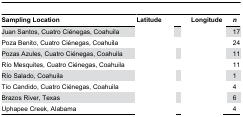
<table><thead><tr><td><b>Sampling Location</b></td><td colspan="2"><b>Latitude</b></td><td><b>Longitude</b></td><td><b><i>n</i></b></td></tr></thead><tbody><tr><td>Juan Santos, Cuatro Ciénegas, Coahuila</td><td>[EMPTY_CELL]</td><td colspan="2">[EMPTY_CELL]</td><td>17</td></tr><tr><td>Poza Benito, Cuatro Ciénegas, Coahuila</td><td>[EMPTY_CELL]</td><td colspan="2">[EMPTY_CELL]</td><td>24</td></tr><tr><td>Pozas Azules, Cuatro Ciénegas, Coahuila</td><td>[EMPTY_CELL]</td><td colspan="2">[EMPTY_CELL]</td><td>11</td></tr><tr><td>Río Mesquites, Cuatro Ciénegas, Coahuila</td><td>[EMPTY_CELL]</td><td colspan="2">[EMPTY_CELL]</td><td>11</td></tr><tr><td>Río Salado, Coahuila</td><td>[EMPTY_CELL]</td><td colspan="2">[EMPTY_CELL]</td><td>1</td></tr><tr><td>Tío Candido, Cuatro Ciénegas, Coahuila</td><td>[EMPTY_CELL]</td><td colspan="2">[EMPTY_CELL]</td><td>4</td></tr><tr><td>Brazos River, Texas</td><td>[EMPTY_CELL]</td><td colspan="2">[EMPTY_CELL]</td><td>6</td></tr><tr><td>Uphapee Creek, Alabama</td><td>[EMPTY_CELL]</td><td colspan="2">[EMPTY_CELL]</td><td>4</td></tr></tbody></table>